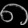
Digit: ၈